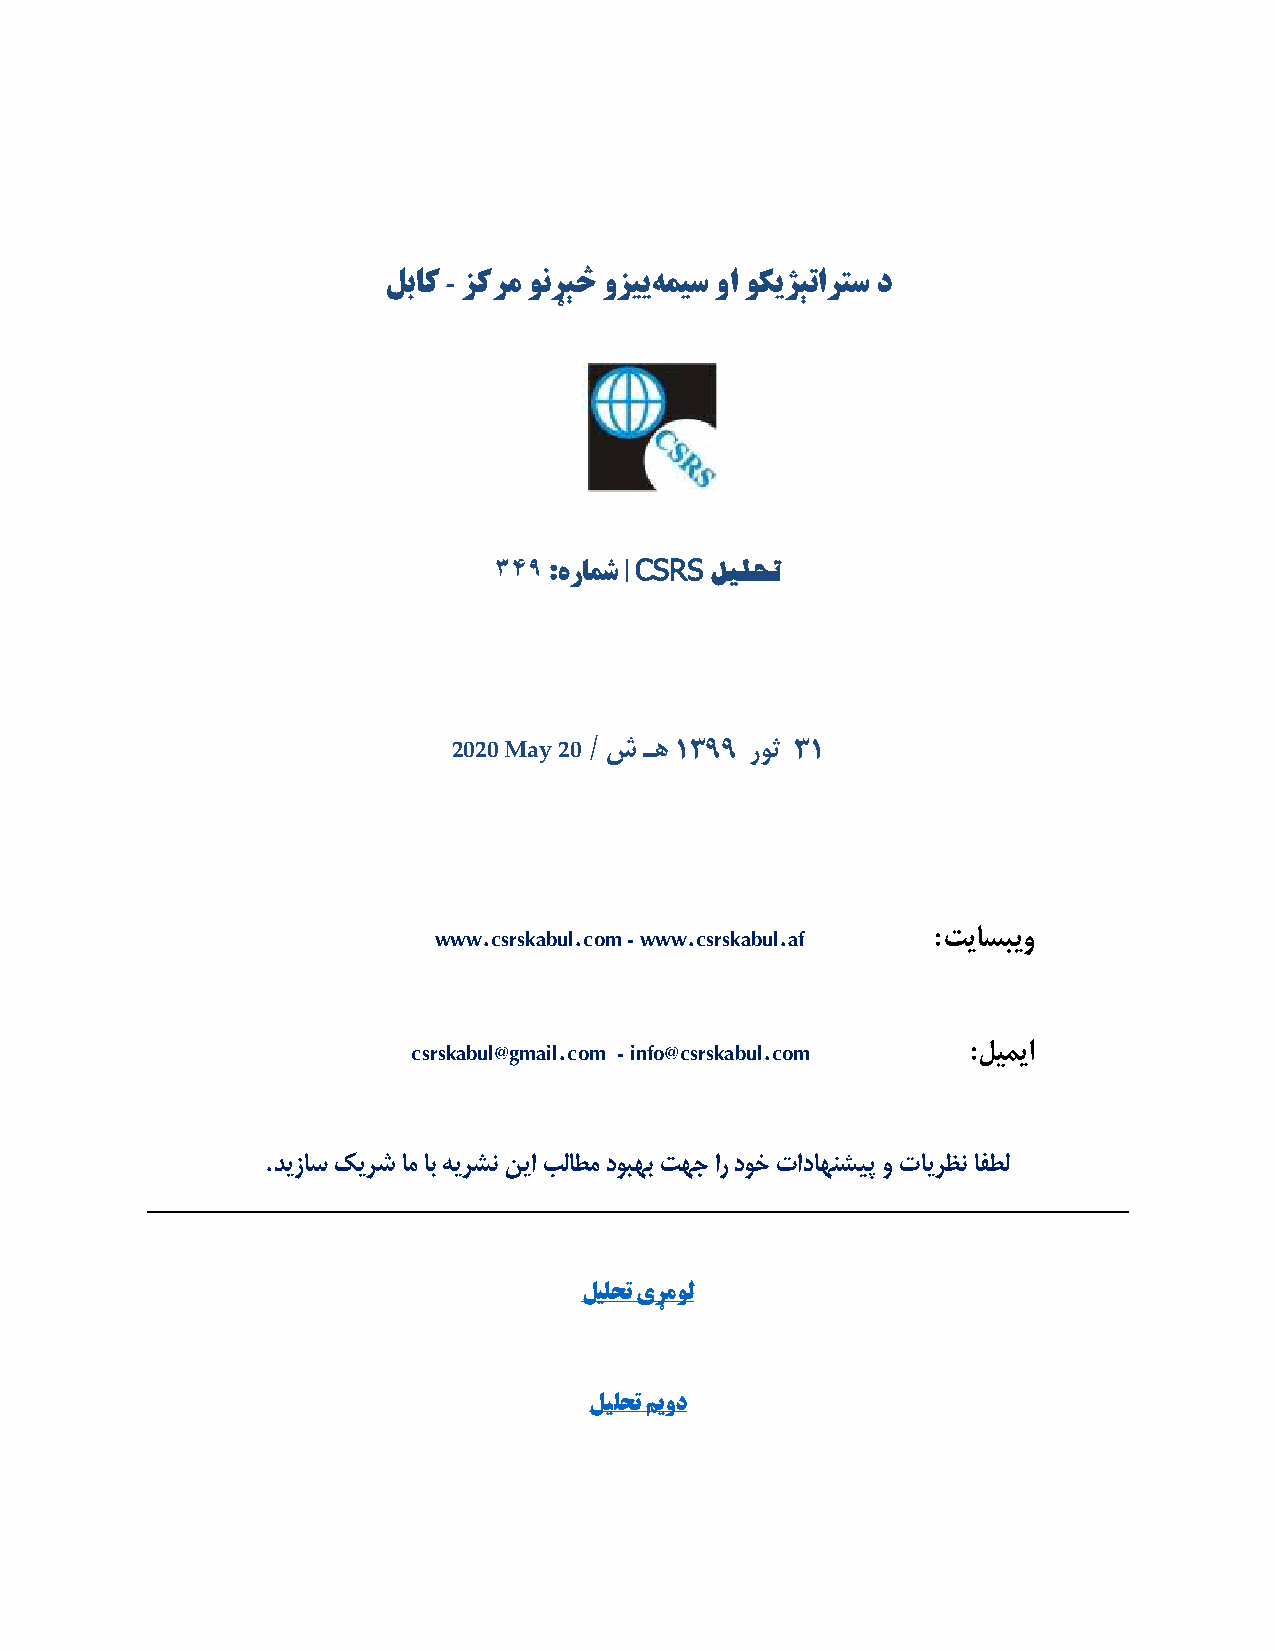
لباک - زکرم ونړېڅ وزییهمیس وا وکیژېتارتس د
 ۳۴۹ :هرامش|CSRS لیلحت
 2020 May 20 / ش ـه ۱۳۹۹ روث ۳۱
 www.csrskabul.com - www.csrskabul.af :تیاسبیو
 csrskabul@gmail.com - info@csrskabul.com :لیمیا
 .دیزاس کیشر ام اب هیشرن نیا بلاطم دوبهب تهج ار دوخ تاداهنشیپ و تایرظن افطل
 لیلحت یړمول
 لیلحت میود